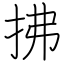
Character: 拂